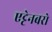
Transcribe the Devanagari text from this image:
एट्टेनबरो